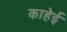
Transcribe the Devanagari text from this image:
काहेई